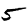
Digit: 5